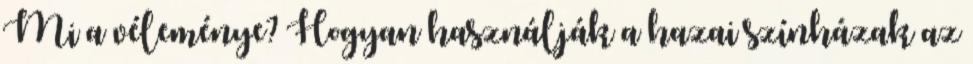
Mi a véleménye? Hogyan használják a hazai színházak az